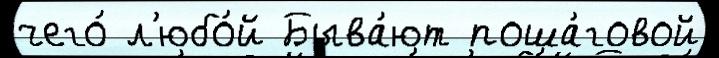
чего́ л'юбо́й Быва́ют поша́говой